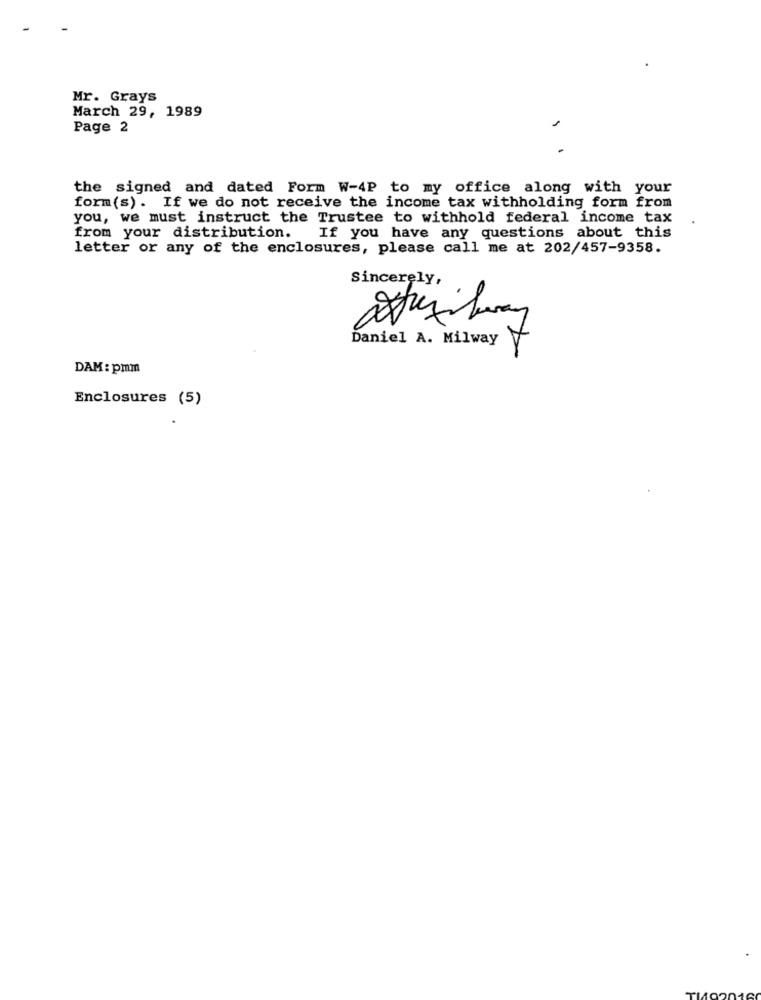
Mr. Grays
March 29, 1989
Page 2
1
the signed and dated Form W-4P to my office along with your
form(s) . If we do not receive the income tax withholding form from
you, we must instruct the Trustee to withhold federal income tax
from your distribution. If you have any questions about this
letter or any of the enclosures, please call me at 202/457-9358.
Sincerely,
Daniel A. MilwayY
DAM: pmm
Enclosures (5)